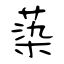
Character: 蒅